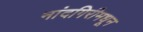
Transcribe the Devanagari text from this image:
नांदगिरीमधून